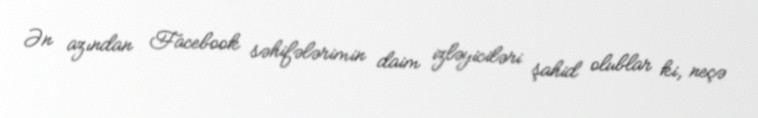
Ən azından Facebook səhifələrimin daim izləyiciləri şahid olublar ki, neçə